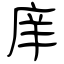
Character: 庠